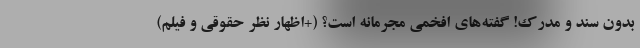
بدون سند و مدرک! گفته‌های افخمی مجرمانه است؟ (+اظهار نظر حقوقی و فیلم)